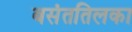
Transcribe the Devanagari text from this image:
बसंततिलका